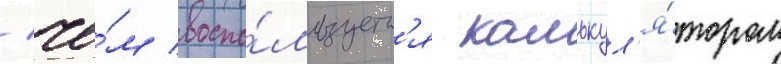
/ че́м воспо́льзуетс'я калькул'я́тором